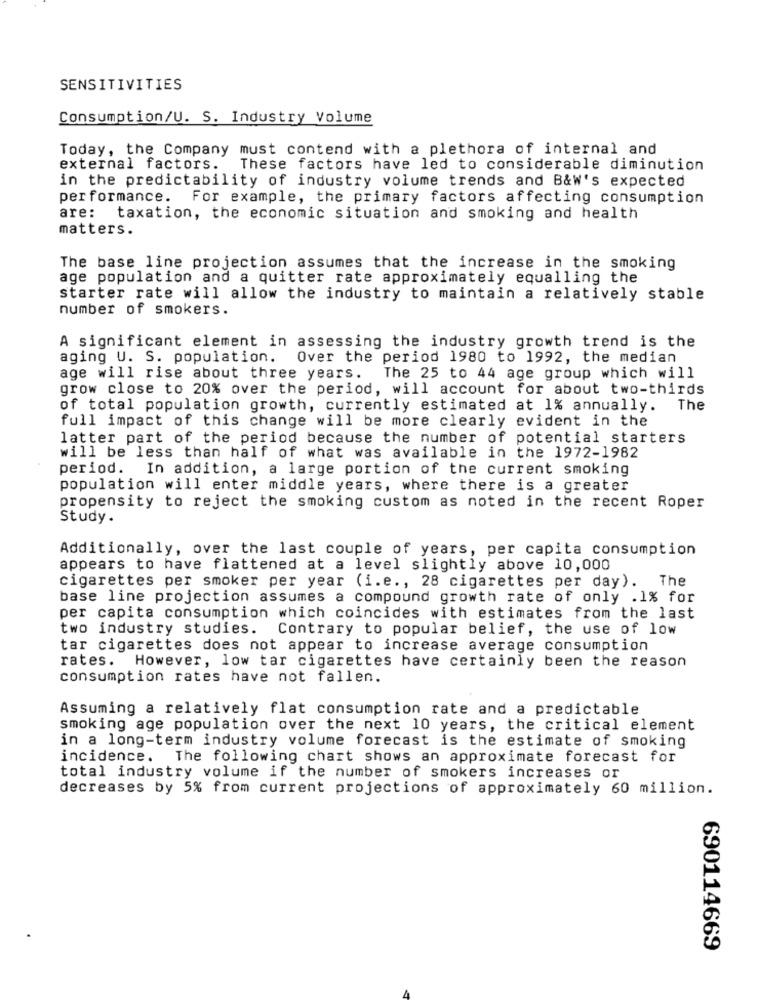
SENSITIVITIES
Consumption/U. S. Industry Volume
Today, the Company must contend with a plethora of internal and
external factors.
These factors have led to considerable diminution
in the predictability of industry volume trends and B&W's expected
performance. For example, the primary factors affecting consumption
are: taxation, the economic situation and smoking and health
matters.
The base line projection assumes that the increase in the smoking
age population and a quitter rate approximately equalling the
starter rate will allow the industry to maintain a relatively stable
number of smokers.
A significant element in assessing the industry growth trend is the
aging U. S. population.
Over the period 1980 to 1992, the median
age will rise about three years. The 25 to 44 age group which will
grow close to 20% over the period, will account for about two-thirds
of total population growth, currently estimated at 1% annually. The
full impact of this change will be more clearly evident in the
latter part of the period because the number of potential starters
will be less than half of what was available in the 1972-1982
period. In addition, a large portion of the current smoking
population will enter middle years, where there is a greater
propensity to reject the smoking custom as noted in the recent Roper
Study .
Additionally, over the last couple of years, per capita consumption
appears to have flattened at a level slightly above 10,000
The
cigarettes per smoker per year (i.e ., 28 cigarettes per day).
base line projection assumes a compound growth rate of only .1% for
per capita consumption which coincides with estimates from the last
two industry studies. Contrary to popular belief, the use of low
tar cigarettes does not appear to increase average consumption
rates. However, low tar cigarettes have certainly been the reason
consumption rates have not fallen.
Assuming a relatively flat consumption rate and a predictable
smoking age population over the next 10 years, the critical element
in a long-term industry volume forecast is the estimate of smoking
incidence. The following chart shows an approximate forecast for
total industry volume if the number of smokers increases or
decreases by 5% from current projections of approximately 60 million.
690114669